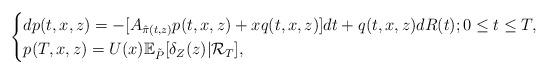
LaTeX: \begin{align*}\begin{cases}dp(t,x,z)= -[A_{\hat{\pi}(t,z)}p(t,x,z)+xq(t,x,z)] dt + q(t,x,z) dR(t);0\leq t \leq T,\\p(T,x,z)=U(x)\mathbb{E}_{\tilde{P}}[\delta_{Z}(z)|\mathcal{R}_T],\end{cases}\end{align*}